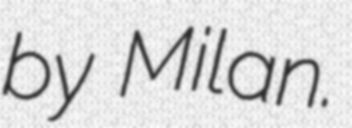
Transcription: by Milan.